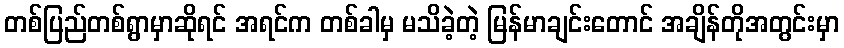
တစ်ပြည်တစ်ရွာမှာဆိုရင် အရင်က တစ်ခါမှ မသိခဲ့တဲ့ မြန်မာချင်းတောင် အချိန်တိုအတွင်းမှာ